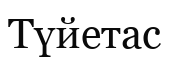
Түйетас